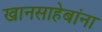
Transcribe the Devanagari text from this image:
खानसाहेबांना